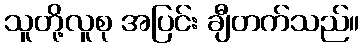
သူတို့လူစု အပြင်း ချီတက်သည်။